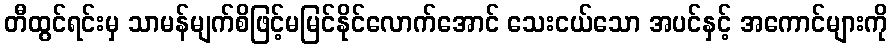
တီထွင်ရင်းမှ သာမန်မျက်စိဖြင့်မမြင်နိုင်လောက်အောင် သေးငယ်သော အပင်နှင့် အကောင်များကို